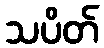
သပိတ်